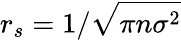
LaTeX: r_{s}=1/\sqrt{\pi n\sigma^{2}}